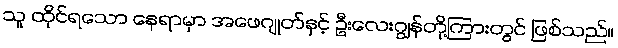
သူ ထိုင်ရသော နေရာမှာ အဖေဂျုတ်နှင့် ဦးလေးဂျွန်တို့ကြားတွင် ဖြစ်သည်။